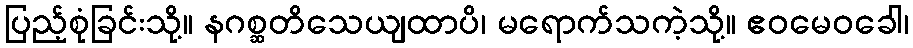
ပြည့်စုံခြင်းသို့။ နဂစ္ဆတိသေယျထာပိ၊ မရောက်သကဲ့သို့။ ဧဝမေဝခေါ၊